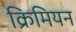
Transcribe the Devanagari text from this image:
क्रिमियन